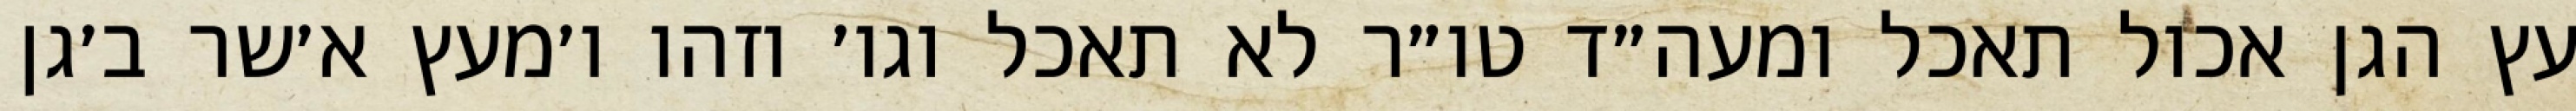
עץ הגן אכול תאכל ומעה״ד טו״ר לא תאכל וגו׳ וזהו ו׳מעץ א׳שר ב׳גן